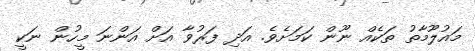
މައުލޫމާތު ތަކެއް ނޫން ކަމަށެވެ. އަދި ފަރުވާ އަށް އަންނަ މީހުން ނަކީ